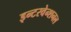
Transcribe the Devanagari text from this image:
इन्टरवेन्शनल